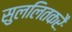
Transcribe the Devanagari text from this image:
सुललितकरैः